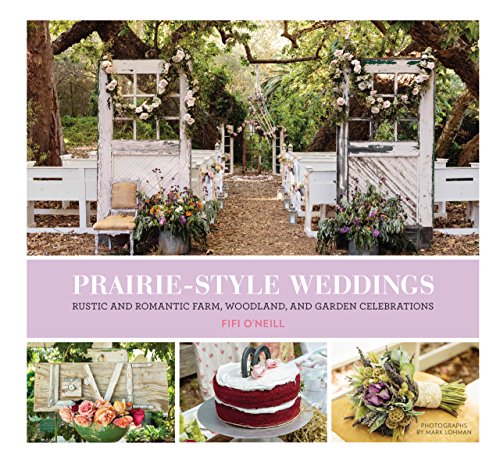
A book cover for Prairie Style Weddings: Rustic and Romantic Farm, Woodland, and Garden Celebrations; Fifi O'Neill; Crafts, Hobbies & Home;